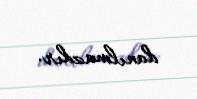
danılmazdır.